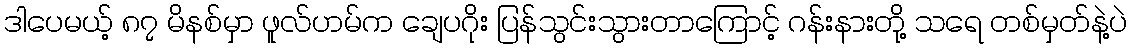
ဒါပေမယ့် ၈၇ မိနစ်မှာ ဖူလ်ဟမ်က ချေပဂိုး ပြန်သွင်းသွားတာကြောင့် ဂန်းနားတို့ သရေ တစ်မှတ်နဲ့ပဲ